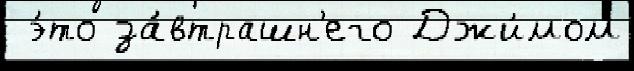
 э́то за́втрашн'его Джи́мом